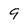
Character: 9